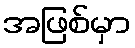
အဖြစ်မှာ